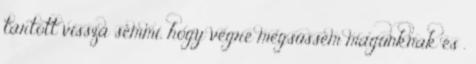
tartott vissza semmi, hogy végre megsüssem magunknak és .